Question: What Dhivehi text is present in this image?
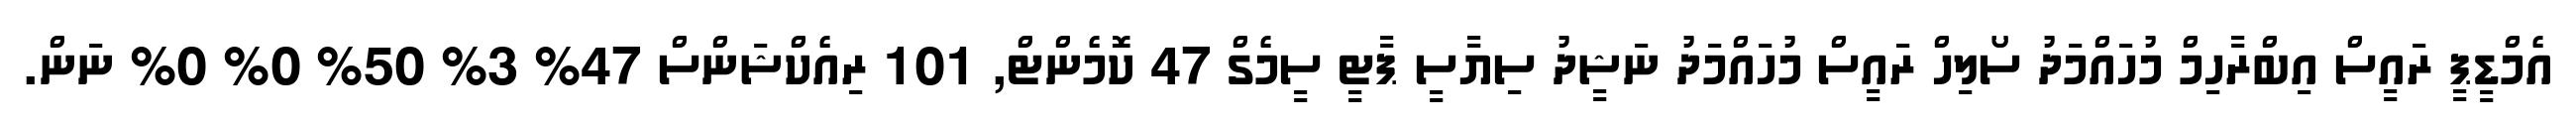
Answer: އެމްޑީޕީ ރައީސް އިބްރާހިމް މުހައްމަދު ސޯލިހް ރައީސް މުހައްމަދު ނަޝީދު ސިޔާސީ ޕާޓީ ސީމެގް 47 ކޮމެންޓް, 101 ރިއެކްޝަންސް 47% 3% 50% 0% 0% ނަން.